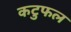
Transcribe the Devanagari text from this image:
कटुफल